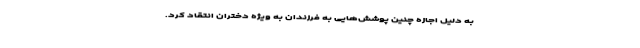
به دلیل اجازه چنین پوشش‌هایی به فرزندان به ویژه دختران انتقاد کرد.